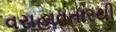
વરાહાવતારથી